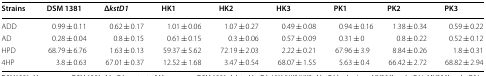
| Strains | DSM 1381 | ΔkstD1 | HK1 | HK2 | HK3 | PK1 | PK2 | PK3 |
 | --- | --- | --- | --- | --- | --- | --- | --- | --- |
 | ADD | 0.99 ± 0.11 | 0.62 ± 0.17 | 1.01 ± 0.06 | 1.07 ± 0.27 | 0.49 ± 0.08 | 0.94 ± 0.16 | 1.38 ± 0.34 | 0.59 ± 0.22 |
 | AD | 0.28 ± 0.04 | 0.8 ± 0.15 | 0.61 ± 0.15 | 0.3 ± 0.06 | 0.57 ± 0.09 | 0.31 ± 0 | 0.8 ± 0.22 | 0.52 ± 0.12 |
 | HPD | 68.79 ± 6.76 | 1.63 ± 0.13 | 59.37 ± 5.62 | 72.19 ± 2.03 | 2.22 ± 0.21 | 67.96 ± 3.9 | 8.84 ± 0.26 | 1.8 ± 0.31 |
 | 4HP | 3.8 ± 0.63 | 67.01 ± 0.37 | 12.52 ± 1.68 | 3.47 ± 0.54 | 68.07 ± 1.55 | 5.63 ± 0.4 | 66.42 ± 2.72 | 68.82 ± 2.94 |